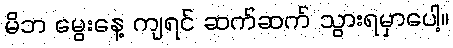
မိဘ မွေးနေ့ ကျရင် ဆက်ဆက် သွားရမှာပေါ့။